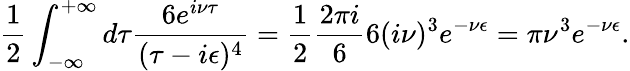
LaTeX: \frac{1}{2}\int_{-\infty}^{+\infty}d\tau\frac{6e^{i\nu\tau}}{(\tau-i\epsilon)^{4}}=\frac{1}{2}\frac{2\pi i}{6}6(i\nu)^{3}e^{-\nu\epsilon}=\pi\nu^{3}e^{-\nu\epsilon}.